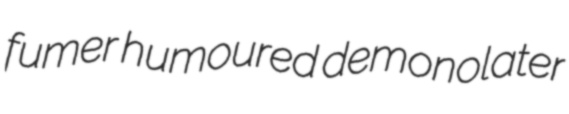
fumer humoured demonolater